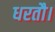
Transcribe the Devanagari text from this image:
धरतौ।